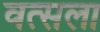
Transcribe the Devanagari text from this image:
वत्‍सला